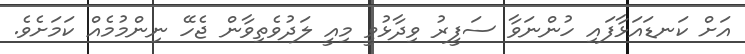
އަށް ކަނޑައަޅާފައި ހުންނަވާ ސަފީރު ވިދާޅުވީ މިއީ ލަދުވެތިވާން ޖެހޭ ނިންމުމެއް ކަމަށެވެ.